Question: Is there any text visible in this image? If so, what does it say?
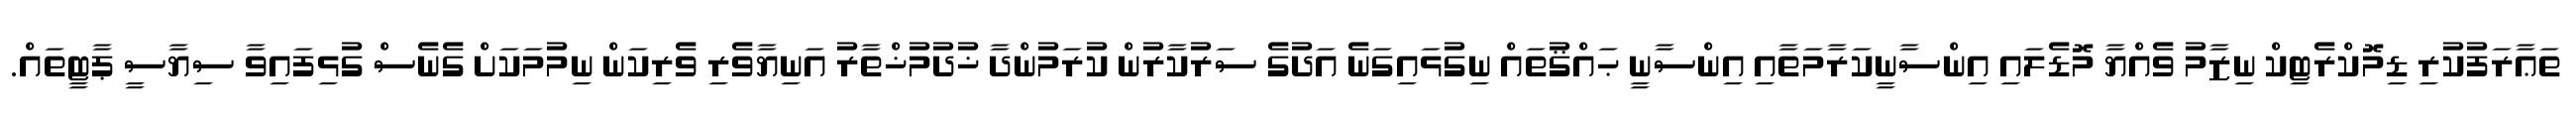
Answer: ތަޢާރަފުކުރި ޑިމޮކްރެޓިކް ނިޒާމު ވެއްޔާ މޮޑެލައި އިންސާނީކަރާމަތާއި އިންސާނީ ޙައްޤުތައް ނިގުޅައިގަނެ އަދުގެ ސަރުކާރުން ކުރަމުންދާ ޚުދުމުޚްތާރު އަނިޔާވެރި ވެރިކަން ނިމުމަކަށް ގެނެސް ގުޅިފައިވާ ސިޔާސީ ޕާޓީތައް.